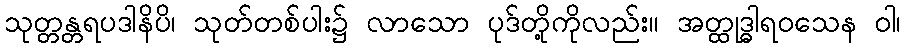
သုတ္တန္တရပဒါနိပိ၊ သုတ်တစ်ပါး၌ လာသော ပုဒ်တို့ကိုလည်း။ အတ္ထုဒ္ဓါရဝသေန ဝါ၊